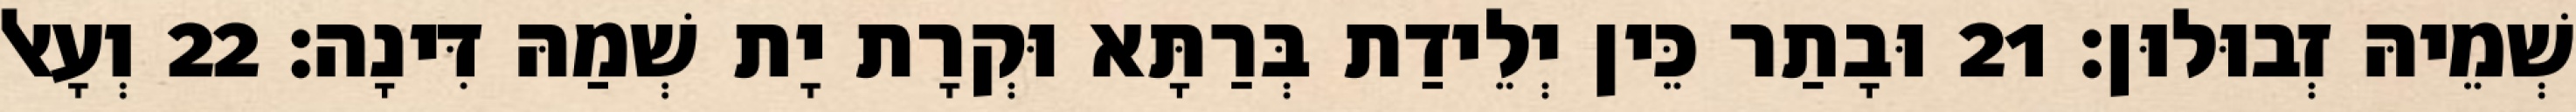
שְׁמֵיהּ זְבוּלוּן׃ 21 וּבָתַר כֵּין יְלֵידַת בְּרַתָּא וּקְרָת יָת שְׁמַהּ דִּינָה׃ 22 וְעָאל